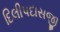
દિલીપદાસજી